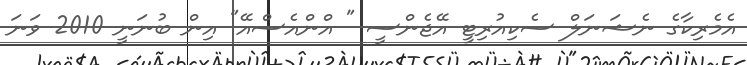
އެމެރިކާގެ ނެޝަނަލް ސެކިއުރިޓީ އޭޖެންސީ " އްންއެސްއޭ" އިން ބުނަނީ 2010 ވަނަ